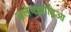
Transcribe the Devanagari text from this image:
अलेक्झांड्रिआ